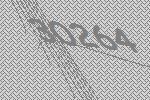
30264